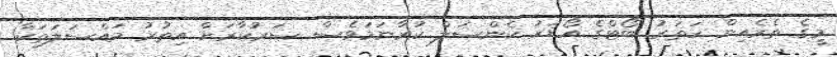
މީގެ ތެރެއިން ހަތަރު ބޯޓްގެ އޯޑަރު ކެންސަލް ކުރާނަމަވެސް ސަރުކާރަށް އިތުރު މައްސަލަތަކާ